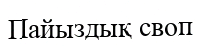
Пайыздық своп